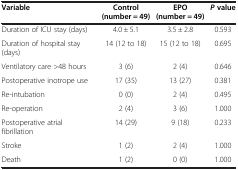
<table><thead><tr><td><b>Variable</b></td><td><b>Control (number = 49)</b></td><td><b>EPO (number = 49)</b></td><td><b><i>P </i>value</b></td></tr></thead><tbody><tr><td>Duration of ICU stay (days)</td><td>4.0 ± 5.1</td><td>3.5 ± 2.8</td><td>0.593</td></tr><tr><td>Duration of hospital stay (days)</td><td>14 (12 to 18)</td><td>15 (12 to 18)</td><td>0.695</td></tr><tr><td>Ventilatory care &gt;48 hours</td><td>3 (6)</td><td>2 (4)</td><td>0.646</td></tr><tr><td>Postoperative inotrope use</td><td>17 (35)</td><td>13 (27)</td><td>0.381</td></tr><tr><td>Re-intubation</td><td>0 (0)</td><td>2 (4)</td><td>0.495</td></tr><tr><td>Re-operation</td><td>2 (4)</td><td>3 (6)</td><td>1.000</td></tr><tr><td>Postoperative atrial fibrillation</td><td>14 (29)</td><td>9 (18)</td><td>0.233</td></tr><tr><td>Stroke</td><td>1 (2)</td><td>2 (4)</td><td>1.000</td></tr><tr><td>Death</td><td>1 (2)</td><td>0 (0)</td><td>1.000</td></tr></tbody></table>